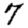
Digit: 7